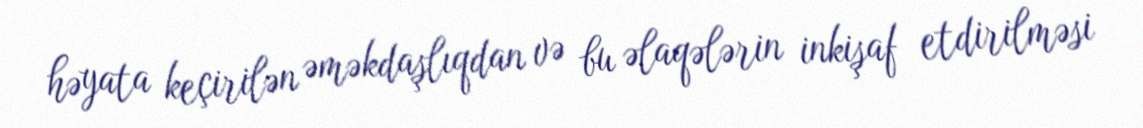
həyata keçirilən əməkdaşlıqdan və bu əlaqələrin inkişaf etdirilməsi